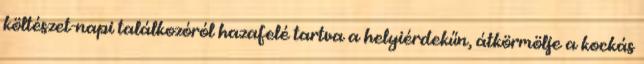
költészet-napi találkozóról hazafelé tartva a helyiérdekűn, átkörmölje a kockás